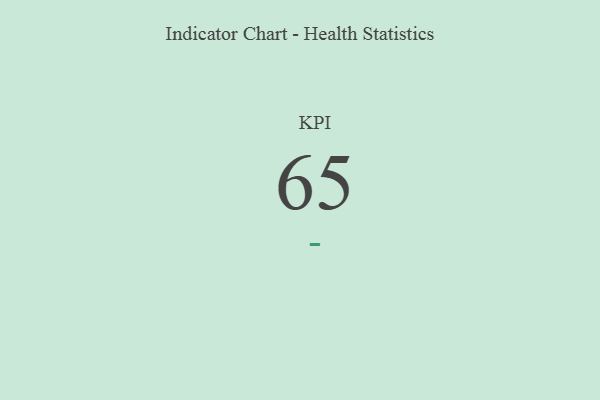
{"axis": {"x": "KPI", "y": "Value"}, "legend": [""], "data": [{"x": "KPI", "y": 65, "type": ""}]}